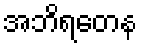
အဘိရတေန